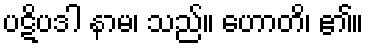
ပဋိပဒါ နာမ၊ သည်။ ဟောတိ၊ ၏။